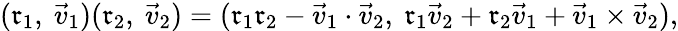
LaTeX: (\mathfrak{r}_{1},\ {\vec{{v}}}_{1})(\mathfrak{r}_{2},\ {\vec{{v}}}_{2})=(\mathfrak{r}_{1}\mathfrak{r}_{2}-{\vec{{v}}}_{1}\cdot{\vec{{v}}}_{2},\ \mathfrak{r}_{1}{\vec{{v}}}_{2}+\mathfrak{r}_{2}{\vec{{v}}}_{1}+{\vec{{v}}}_{1}\times{\vec{{v}}}_{2}),